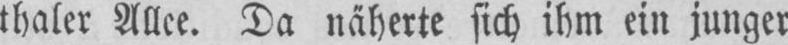
thaler Allee. Da näherte sich ihm ein junger